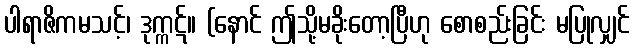
ပါရာဇိကမသင့်၊ ဒုက္ကဋ်။ (နောင် ဤသို့မခိုးတော့ပြီဟု စောစည်းခြင်း မပြုလျှင်